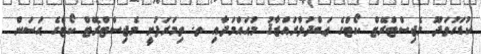
ކުޑަހުވަދޫ މެޖިސްޓްރޭޓް ކޯޓްގެ ޢަބްދުލްރައްޒާޤު މުޙައްމަދާއި ތ. ތިމަރަފުށީ މެޖިސްޓްރޭޓް ކޯޓްގެ ޙަސަން